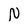
Character: N